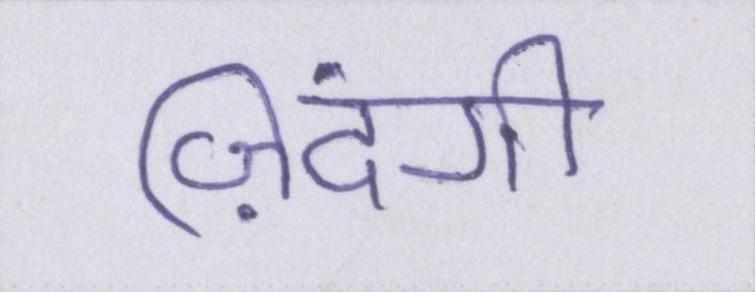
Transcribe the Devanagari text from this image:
ज़िंदगी